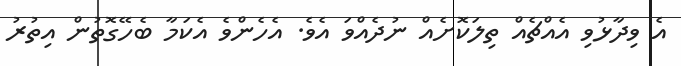
އެ ވިދާޅުވި އެއްޗެއް ތިލަކޮށެއް ނުދެއްވަ އެވެ. އެހެންވެ އެކަމާ ބެހޭގޮތުން އިތުރު